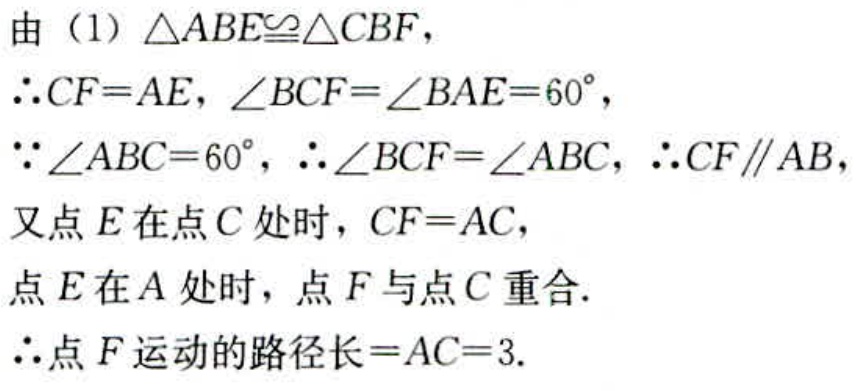
由（1）$\triangle ABE\cong\triangle CBF$，
$\therefore CF = AE$，$\angle BCF=\angle BAE = 60^{\circ}$，
$\because\angle ABC = 60^{\circ}$，$\therefore\angle BCF=\angle ABC$，$\therefore CF\parallel AB$，
又点$E$在点$C$处时，$CF = AC$，
点$E$在$A$处时，点$F$与点$C$重合.
$\therefore$点$F$运动的路径长$=AC = 3$.